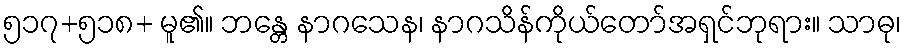
၅၁၇+၅၁၈+ မူ၏။ ဘန္တေ နာဂသေန၊ နာဂသိန်ကိုယ်တော်အရှင်ဘုရား။ သာဓု၊